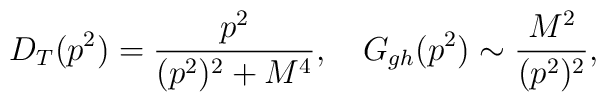
D_T(p^2) = {p^2 \over (p^2)^2+M^4}, \quad G_{gh}(p^2) \sim {M^2 \over (p^2)^2} ,